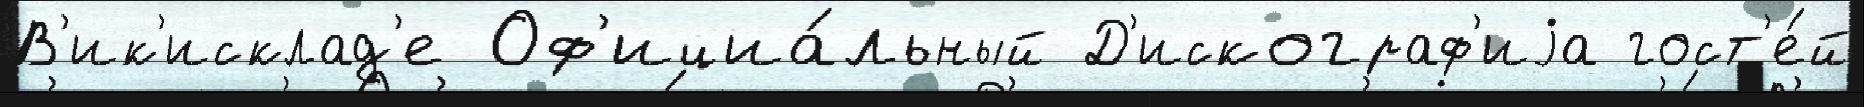
В'ик'исклад'е Оф'ициа́льный Д'искограф'иjа гост'е́й